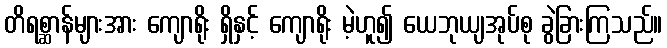
တိရစ္ဆာန်များအား ကျောရိုး ရှိနှင့် ကျောရိုး မဲ့ဟူ၍ ယေဘုယျအုပ်စု ခွဲခြားကြသည်။